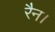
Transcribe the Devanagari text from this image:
रैन।